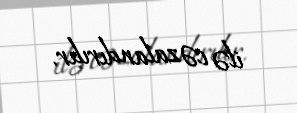
ilə cəzalandırılır.